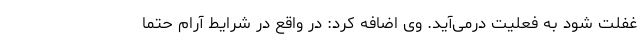
غفلت شود به فعلیت درمی‌آید. وی اضافه کرد: در واقع در شرایط آرام حتما